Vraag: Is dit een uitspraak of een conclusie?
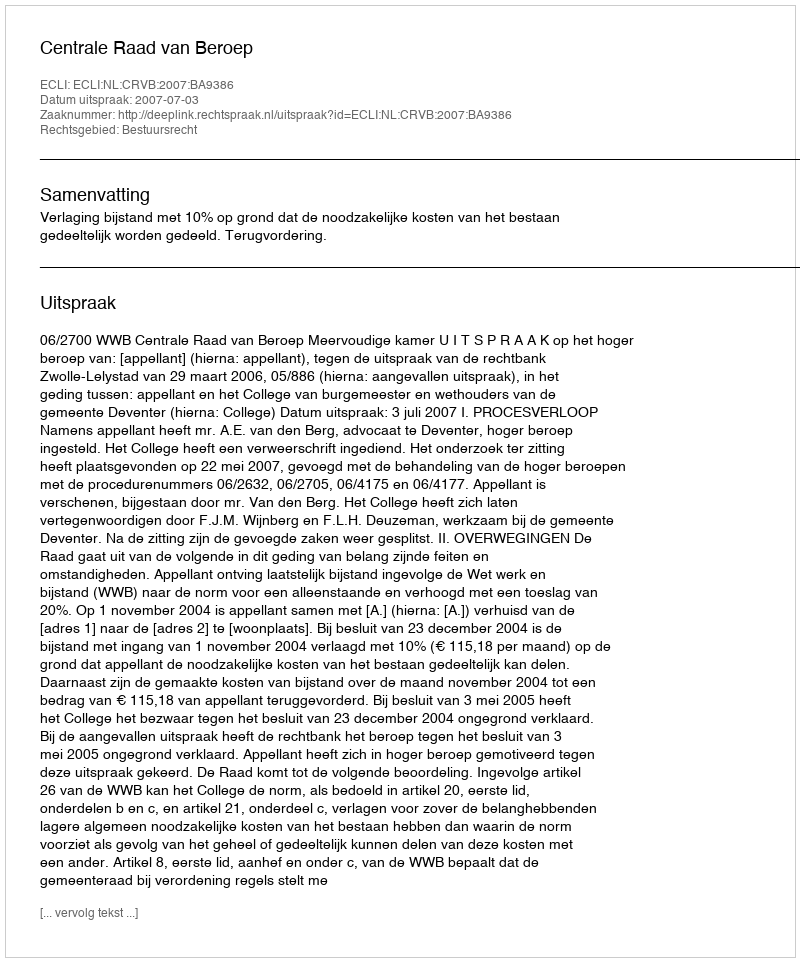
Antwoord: Uitspraak